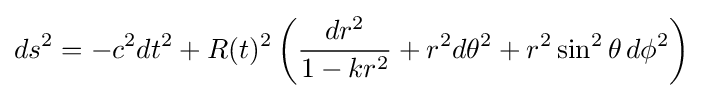
ds^{2}=-c^{2}dt^{2}+R(t)^{2}\left({\frac {dr^{2}}{1-kr^{2}}}+r^{2}d\theta ^{2}+r^{2}\sin ^{2}\theta \,d\phi ^{2}\right)